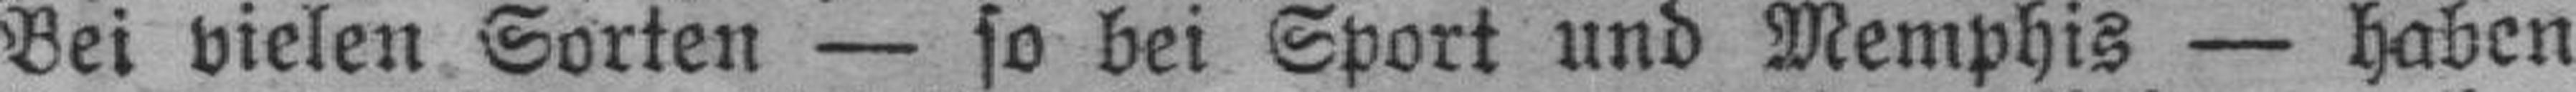
Bei vielen Sorten — so bei Sport und Memphis — haben